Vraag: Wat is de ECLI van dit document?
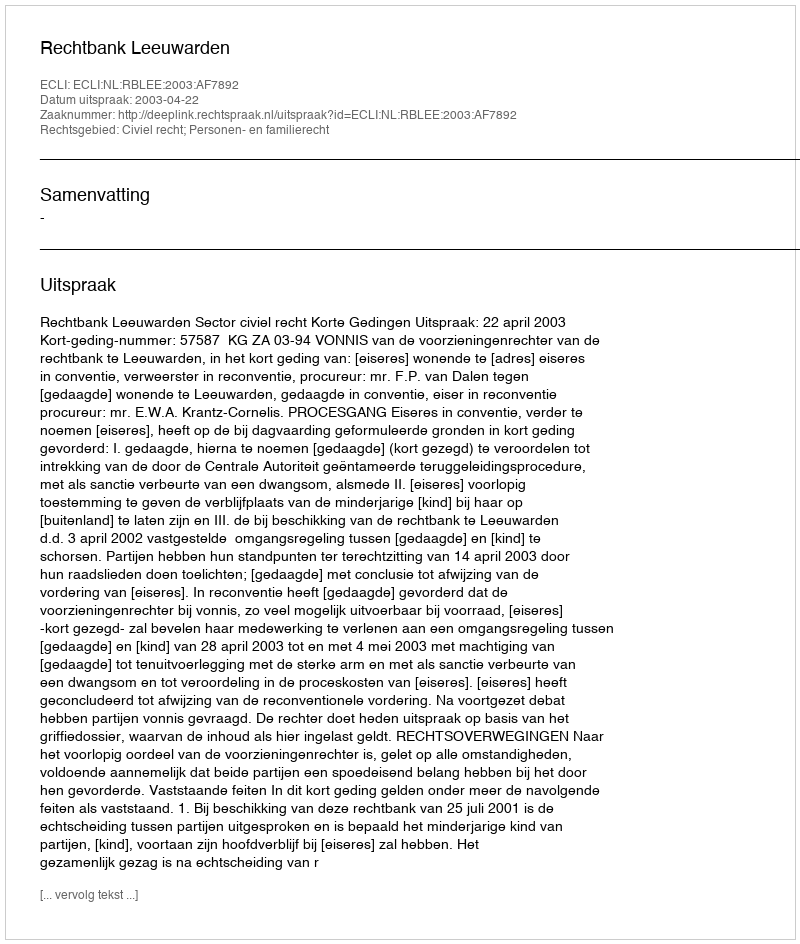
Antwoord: ECLI:NL:RBLEE:2003:AF7892